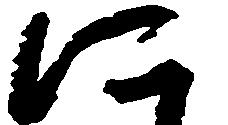
に